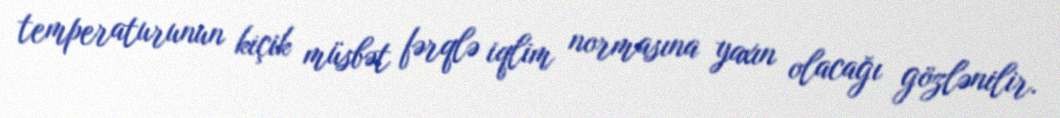
temperaturunun kiçik müsbət fərqlə iqlim normasına yaxın olacağı gözlənilir.